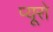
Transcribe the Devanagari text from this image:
प्यूरो